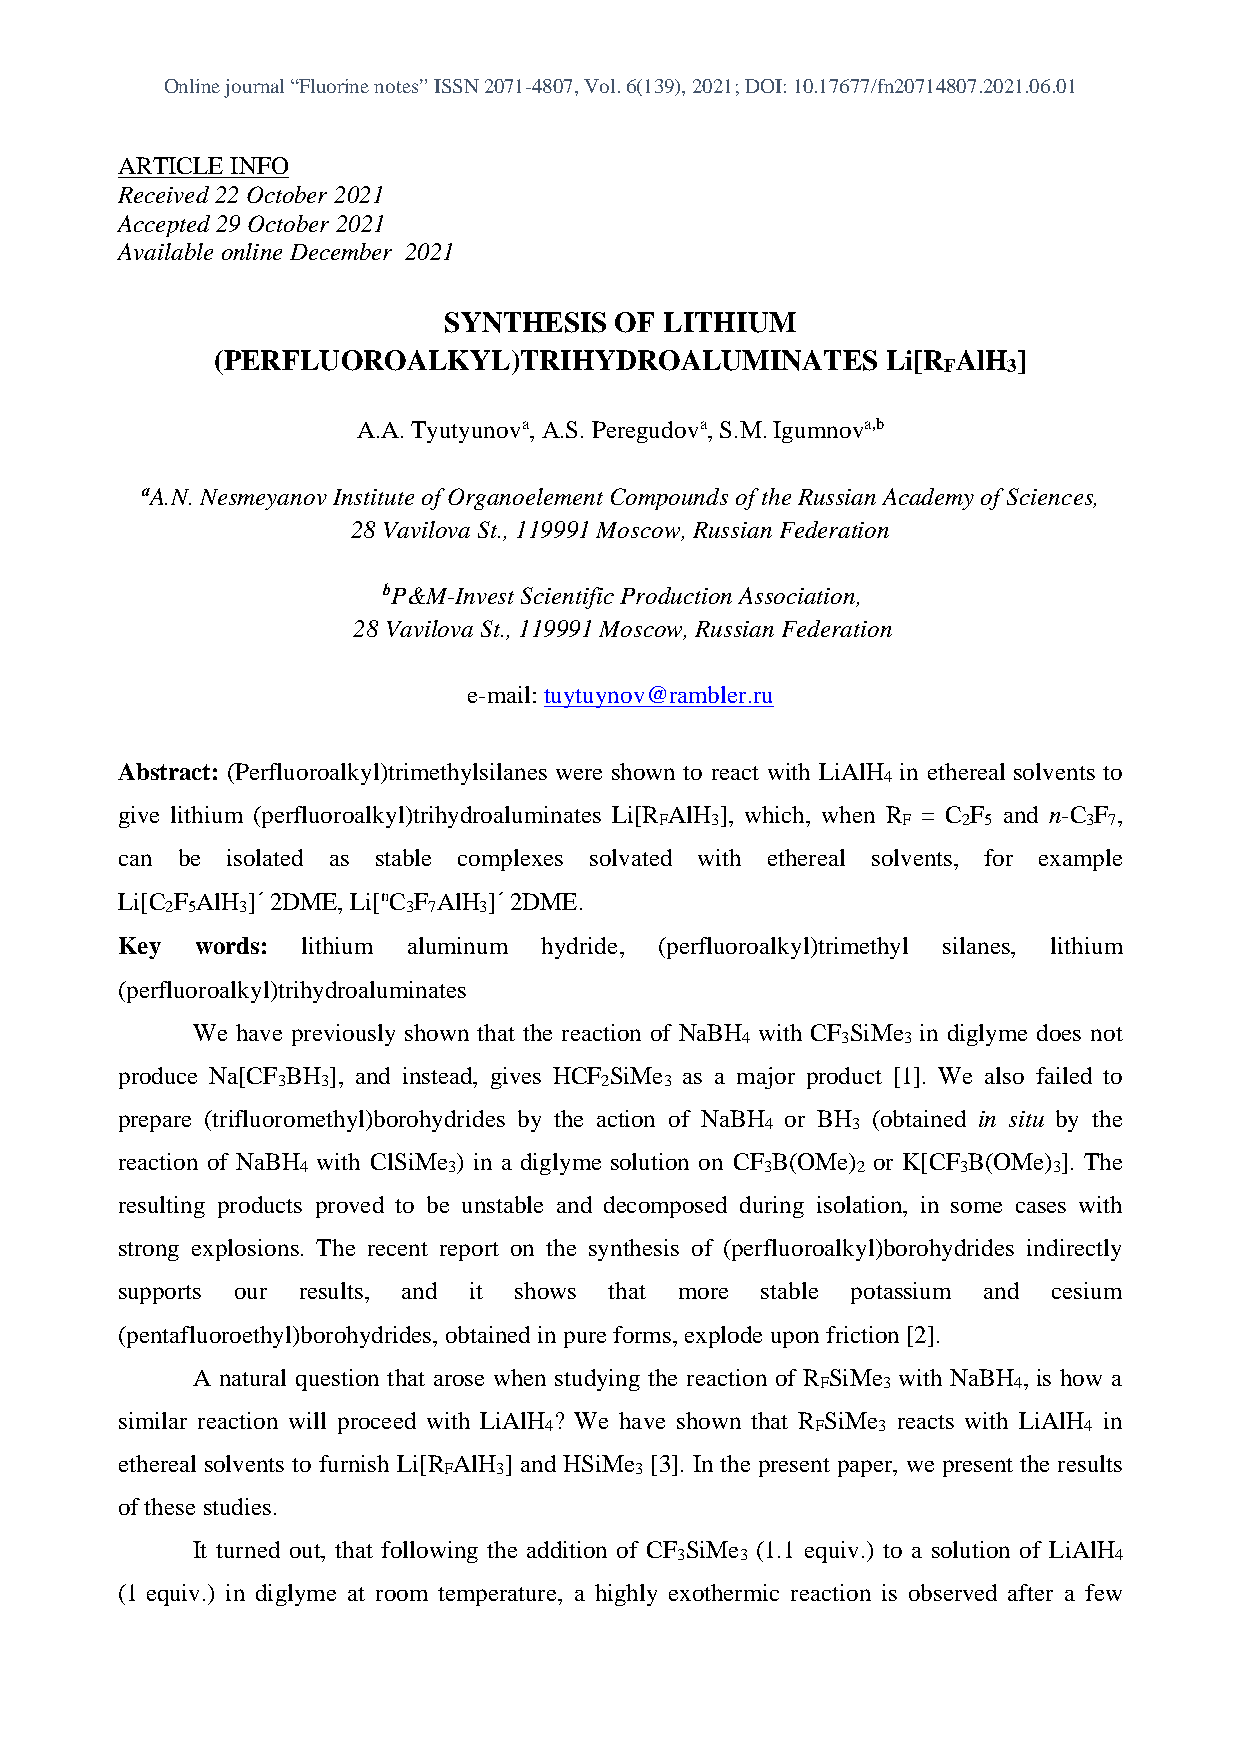
Online journal “Fluorine notes” ISSN 2071-4807, Vol. 6(139), 2021; DOI: 10.17677/fn20714807.2021.06.01
 ARTICLE INFO
 Received 22 October 2021
 Accepted 29 October 2021
 Available online December 2021
 SYNTHESIS   OF LITHIUM
 (PERFLUOROALKYL)TRIHYDROALUMINATES           Li[R AlH ]
 F    3
 A.A. Tyutyunova, А.S. Peregudova, S.М. Igumnova,b
 aA.N. Nesmeyanov Institute of Organoelement Compounds of the Russian Academy of Sciences,
 28 Vavilova St., 119991 Moscow, Russian Federation
 bP&M-Invest Scientific Production Association,
 28 Vavilova St., 119991 Moscow, Russian Federation
 e-mail: tuytuynov@rambler.ru
 Abstract: (Perfluoroalkyl)trimethylsilanes were shown to react with LiAlH in ethereal solvents to
 4
 give lithium (perfluoroalkyl)trihydroaluminates Li[R AlH ], which, when R = C F and n-C F ,
 F  3            F   2 5     3 7
 can be isolated as stable complexes solvated with ethereal solvents, for example
 Li[C F AlH ]·2DME, Li[nC F AlH ]·2DME.
 2 5  3          3 7  3
 Key  words: lithium aluminum hydride, (perfluoroalkyl)trimethyl silanes, lithium
 (perfluoroalkyl)trihydroaluminates
 We have previously shown that the reaction of NaBH with CF SiMe in diglyme does not
 4      3   3
 produce Na[CF BH ], and instead, gives HCF SiMe as a major product [1]. We also failed to
 3  3                  2   3
 prepare (trifluoromethyl)borohydrides by the action of NaBH or BH (obtained in situ by the
 4    3
 reaction of NaBH with ClSiMe ) in a diglyme solution on CF B(OMe) or K[CF B(OMe) ]. The
 4         3                    3     2     3      3
 resulting products proved to be unstable and decomposed during isolation, in some cases with
 strong explosions. The recent report on the synthesis of (perfluoroalkyl)borohydrides indirectly
 supports our results, and it shows that more stable potassium and cesium
 (pentafluoroethyl)borohydrides, obtained in pure forms, explode upon friction [2].
 A natural question that arose when studying the reaction of R SiMe with NaBH , is how a
 F   3        4
 similar reaction will proceed with LiAlH ? We have shown that R SiMe reacts with LiAlH in
 4                 F   3             4
 ethereal solvents to furnish Li[R AlH ] and HSiMe [3]. In the present paper, we present the results
 F   3        3
 of these studies.
 It turned out, that following the addition of CF SiMe (1.1 equiv.) to a solution of LiAlH
 3   3                        4
 (1 equiv.) in diglyme at room temperature, a highly exothermic reaction is observed after a few